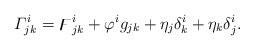
LaTeX: \begin{align*} \varGamma^{i}_{jk} = \digamma^i_{jk} + \varphi^i g_{jk} + \eta_j \delta^i_k + \eta_k \delta^i_j.\end{align*}